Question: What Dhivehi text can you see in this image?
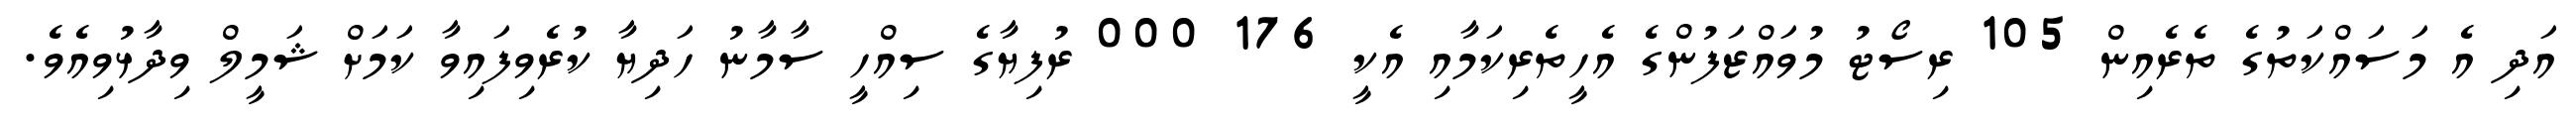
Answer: އަދި އެ މަސައްކަތުގެ ތެރެއިން 105 ރިސޯޓު މުވައްޒަފުންގެ އެހީތެރިކަމާއި އެކީ 176 000 ރުފިޔާގެ ސިއްހީ ސާމާނު ހަދިޔާ ކުރެވިފައިވާ ކަމަށް ޝަމީލް ވިދާޅުވިއެވެ.